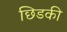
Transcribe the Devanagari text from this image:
छिडकी